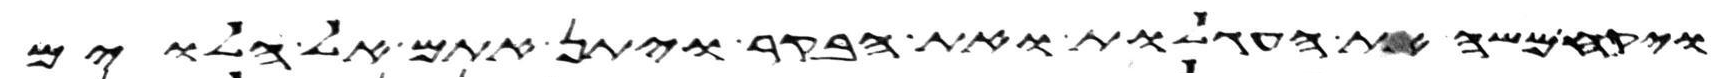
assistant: ויקח משה את העגלות ואת הבקר ויתן אתם אל הלוים